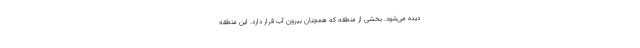
دیده می‌شود. بخشی از منطقه که همچنان بیرون آب قرار دارد. این منطقه